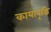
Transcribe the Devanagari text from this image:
कायावृद्धि